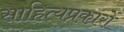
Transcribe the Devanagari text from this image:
साहित्यप्रकारों